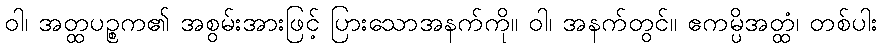
ဝါ၊ အတ္ထပဉ္စက၏ အစွမ်းအားဖြင့် ပြားသောအနက်ကို။ ဝါ၊ အနက်တွင်။ ဧကမ္ပိအတ္ထံ၊ တစ်ပါး